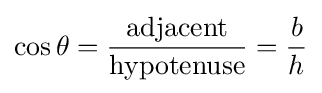
\cos \theta ={\frac {\mathrm {adjacent} }{\mathrm {hypotenuse} }}={\frac {b}{h}}